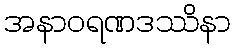
အနာဝရဏဒဿိနာ